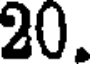
20.